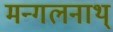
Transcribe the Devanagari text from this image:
मन्गलनाथ्